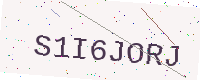
Text: S1I6JORJ